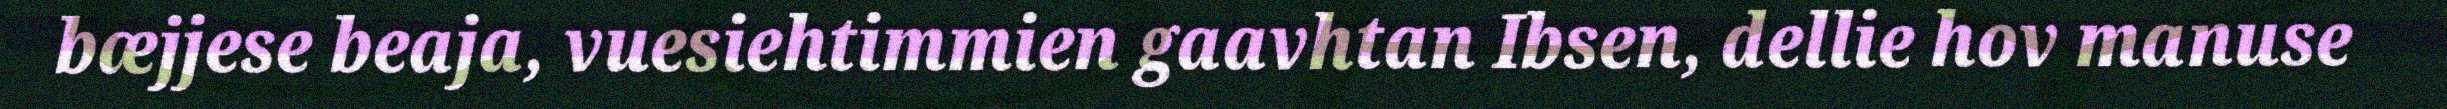
bæjjese beaja, vuesiehtimmien gaavhtan Ibsen, dellie hov manuse